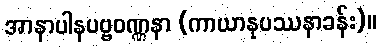
အာနာပါနပဗ္ဗဝဏ္ဏနာ (ကာယာနုပဿနာခန်း)။